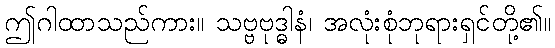
ဤဂါထာသည်ကား။ သဗ္ဗဗုဒ္ဓါနံ၊ အလုံးစုံဘုရားရှင်တို့၏။